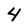
Character: 4